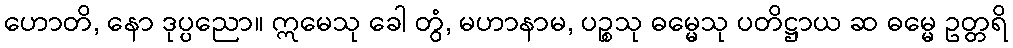
ဟောတိ, နော ဒုပ္ပညော။ ဣမေသု ခေါ တွံ, မဟာနာမ, ပဉ္စသု ဓမ္မေသု ပတိဋ္ဌာယ ဆ ဓမ္မေ ဥတ္တရိ